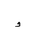
Letter: _waw